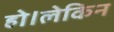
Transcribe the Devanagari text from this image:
हो।लेकिन